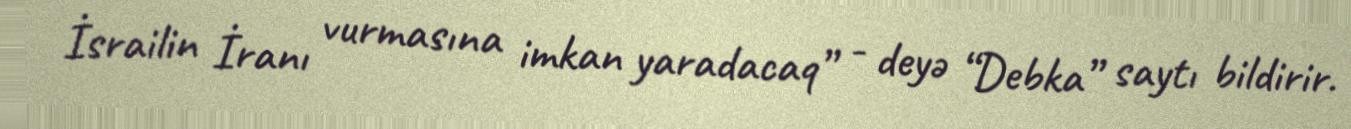
İsrailin İranı vurmasına imkan yaradacaq” - deyə “Debka” saytı bildirir.